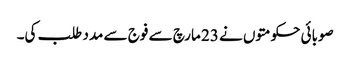
صوبائی حکومتوں نے 23 مارچ سے فوج سے مدد طلب کی۔